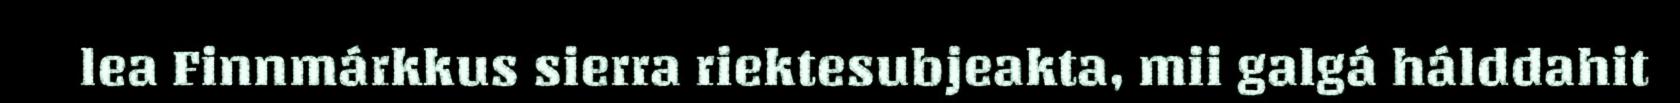
lea Finnmárkkus sierra riektesubjeakta, mii galgá hálddahit